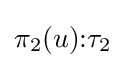
\pi _{2}(u){\mathbin {:}}\tau _{2}